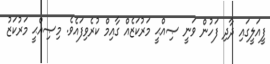
ފީއަލީގައި ދާދި ފަހުން ވަނީ ޞިއްޙީ މަރުކަޒެއް ގާއިމް ކުރެވިފައެވެ. މިޞިއްޙީ މަރުކަޒު